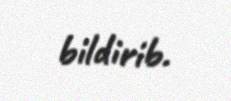
bildirib.